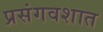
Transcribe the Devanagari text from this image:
प्रसंगवशात